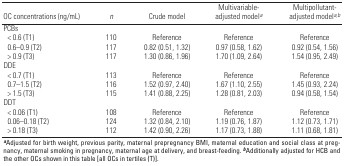
| OC concentrations (ng/mL) | n | Crude model | Multivariable-adjusted modela | Multipollutant-adjusted modela,b |
 | --- | --- | --- | --- | --- |
 | PCBs |  |  |  |  |  |  |  |  |
 | < 0.6 (T1) |  | 110 |  | Reference |  | Reference |  | Reference |
 | 0.6–0.9 (T2) |  | 117 |  | 0.82 (0.51, 1.32) |  | 0.97 (0.58, 1.62) |  | 0.92 (0.54, 1.56) |
 | > 0.9 (T3) |  | 117 |  | 1.30 (0.86, 1.96) |  | 1.70 (1.09, 2.64) |  | 1.54 (0.95, 2.49) |
 | DDE |  |  |  |  |  |  |  |  |
 | < 0.7 (T1) |  | 113 |  | Reference |  | Reference |  | Reference |
 | 0.7–1.5 (T2) |  | 116 |  | 1.52 (0.97, 2.40) |  | 1.67 (1.10, 2.55) |  | 1.45 (0.93, 2.24) |
 | > 1.5 (T3) |  | 115 |  | 1.41 (0.88, 2.25) |  | 1.28 (0.81, 2.03) |  | 0.94 (0.58, 1.54) |
 | DDT |  |  |  |  |  |  |  |  |
 | < 0.06 (T1) |  | 108 |  | Reference |  | Reference |  | Reference |
 | 0.06–0.18 (T2) |  | 124 |  | 1.32 (0.84, 2.10) |  | 1.19 (0.76, 1.87) |  | 1.12 (0.73, 1.71) |
 | > 0.18 (T3) |  | 112 |  | 1.42 (0.90, 2.26) |  | 1.17 (0.73, 1.88) |  | 1.11 (0.68, 1.81) |
 | <COLSPAN=9> aAdjusted for birth weight, previous parity, maternalprepregnancy BMI, maternal education and social class at pregnancy,maternal smoking in pregnancy, maternal age at delivery, andbreast-feeding. bAdditionally adjusted for HCB and the other OCsshown in this table [all OCs in tertiles (T)]. |